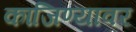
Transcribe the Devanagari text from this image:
कांजिण्यावर